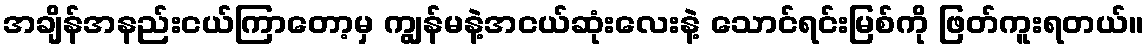
အချိန်အနည်းငယ်ကြာတော့မှ ကျွန်မနဲ့အငယ်ဆုံးလေးနဲ့ သောင်ရင်းမြစ်ကို ဖြတ်ကူးရတယ်။